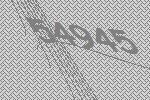
54945